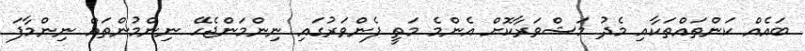
ބައެއް ކަންތައްތަކާއި މެދު މަޝްވަރާކޮށް އެންމެ މަތީ ފެންވަރުގައި ނިންމަންޖެހޭ ނިންމުންތައް ނިންމާފަ